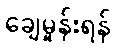
ချေမှုန်းရန်